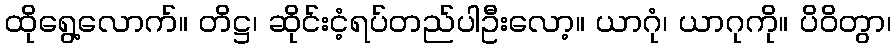
ထိုရွေ့လောက်။ တိဋ္ဌ၊ ဆိုင်းငံ့ရပ်တည်ပါဦးလော့။ ယာဂုံ၊ ယာဂုကို။ ပိဝိတွာ၊